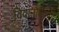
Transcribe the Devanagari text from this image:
विवानौकांपुढे